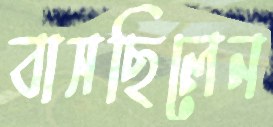
বাসছিলেন